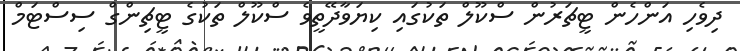
ދިވެހި އަންހެން ޓީޗަރުން ސްކޫލް ތަކުގައި ކިޔަވާދޭތީވެ ސްކޫލް ތަކުގެ ޓީޗިންގް ސިސްޓަމް